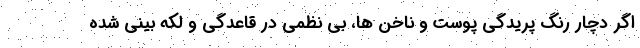
اگر دچار رنگ پریدگی پوست و ناخن ها، بی نظمی در قاعدگی و لکه بینی شده